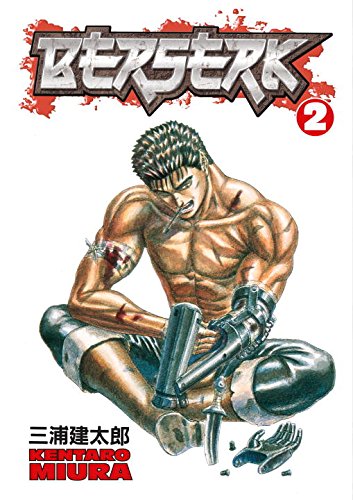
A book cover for Berserk, Vol. 2; Kentaro Miura; Comics & Graphic Novels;